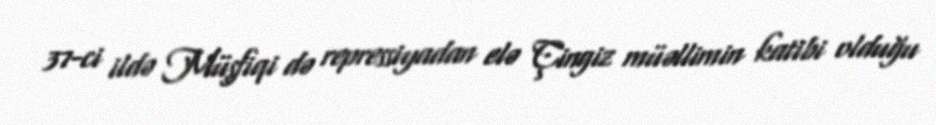
37-ci ildə Müşfiqi də repressiyadan elə Çingiz müəllimin katibi olduğu